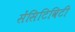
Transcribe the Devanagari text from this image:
सेंसिटिविटी